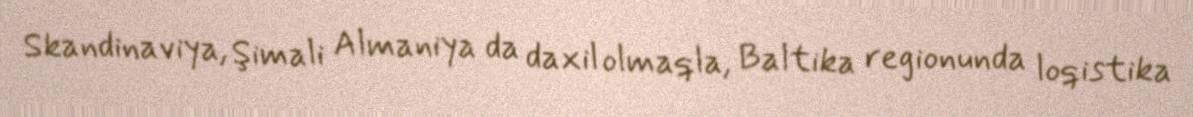
Skandinaviya, Şimali Almaniya da daxil olmaqla, Baltika regionunda loqistika